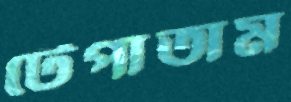
টেপাতাম